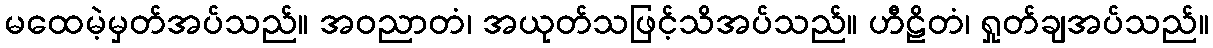
မထေမဲ့မှတ်အပ်သည်။ အဝညာတံ၊ အယုတ်သဖြင့်သိအပ်သည်။ ဟီဠိတံ၊ ရှုတ်ချအပ်သည်။